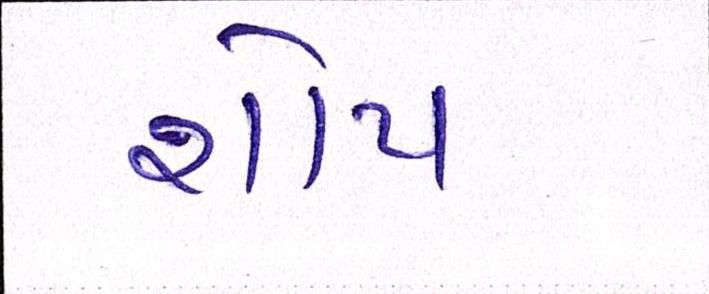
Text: શોપ